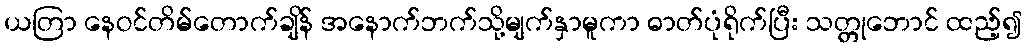
ယတြာ နေဝင်တိမ်တောက်ချိန် အနောက်ဘက်သို့မျက်နှာမူကာ ဓာတ်ပုံရိုက်ပြီး သတ္တုဘောင် ထည့်၍